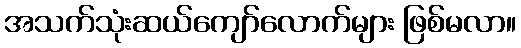
အသက်သုံးဆယ်ကျော်လောက်များ ဖြစ်မလာ။